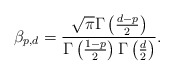
\begin{align*}\beta_{p,d} = \frac{\sqrt{\pi}\Gamma\left(\frac{d-p}{2}\right)}{\Gamma\left(\frac{1-p}{2}\right)\Gamma\left(\frac{d}{2}\right)}.\end{align*}